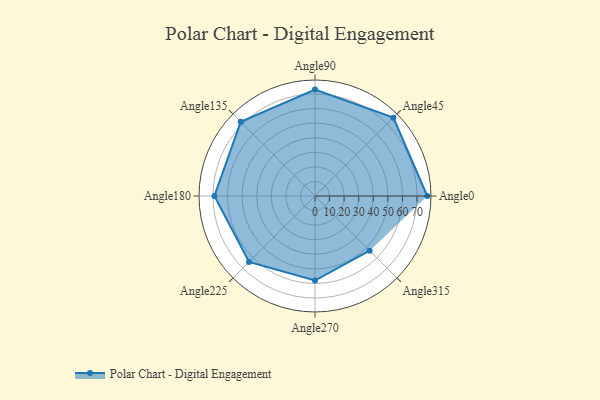
{"axis": {"x": "Angle", "y": "Radius"}, "legend": [""], "data": [{"x": "Angle0", "y": 77.0, "type": ""}, {"x": "Angle45", "y": 76.0, "type": ""}, {"x": "Angle90", "y": 73.0, "type": ""}, {"x": "Angle135", "y": 72.0, "type": ""}, {"x": "Angle180", "y": 69.0, "type": ""}, {"x": "Angle225", "y": 64.0, "type": ""}, {"x": "Angle270", "y": 58.0, "type": ""}, {"x": "Angle315", "y": 53.0, "type": ""}]}